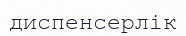
диспенсерлік